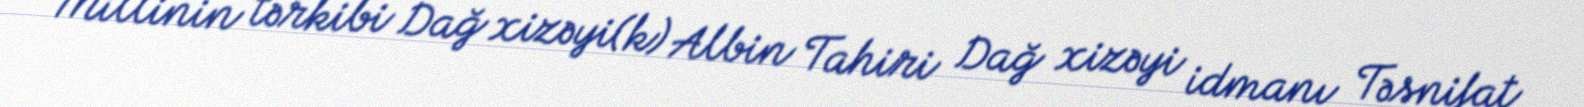
Millinin tərkibi Dağ xizəyi(k) Albin Tahiri Dağ xizəyi idmanı Təsnifat